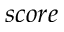
s c o r e